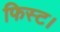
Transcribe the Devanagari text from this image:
फिस्ट।